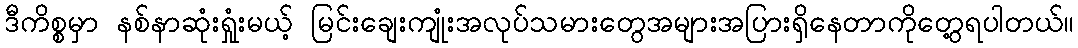
ဒီကိစ္စမှာ နစ်နာဆုံးရှုံးမယ့် မြင်းချေးကျုံးအလုပ်သမားတွေအများအပြားရှိနေတာကိုတွေ့ရပါတယ်။